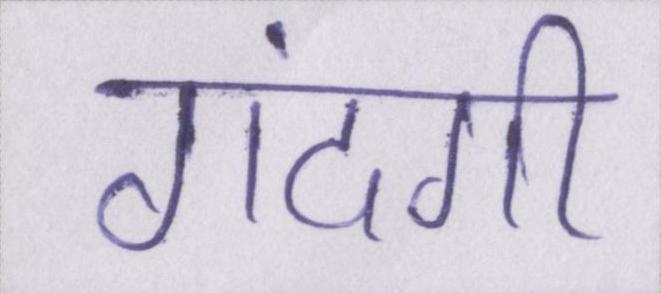
गंदगी